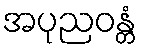
အပုညဝန္တံ